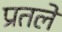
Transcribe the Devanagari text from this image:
प्रतले